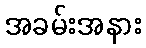
အခမ်းအနား